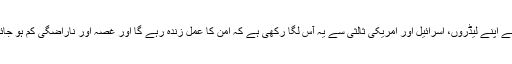
انھوں نے اپنے لیڈروں، اسرائیل اور امریکی ثالثی سے یہ آس لگا رکھی ہے کہ امن کا عمل زندہ رہے گا اور غصہ اور ناراضگی کم ہو جائے گی۔